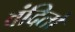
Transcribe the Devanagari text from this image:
वंदितो